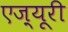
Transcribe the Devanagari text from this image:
एज़्यूरी